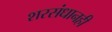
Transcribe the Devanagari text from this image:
शरसंधानही